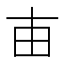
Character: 𤰔